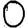
Digit: 0